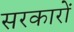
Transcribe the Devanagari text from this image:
सरकाराें